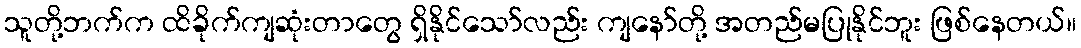
သူတို့ဘက်က ထိခိုက်ကျဆုံးတာတွေ ရှိနိုင်သော်လည်း ကျနော်တို့ အတည်မပြုနိုင်ဘူး ဖြစ်နေတယ်။